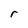
Character: r